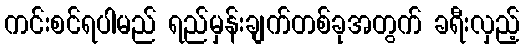
ကင်းစင်ရပါမည် ရည်မှန်းချက်တစ်ခုအတွက် ခရီးလှည့်